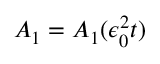
A _ { 1 } = A _ { 1 } ( \epsilon _ { 0 } ^ { 2 } t )